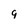
Character: 9